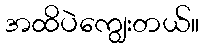
အထိပဲကျွေးတယ်။